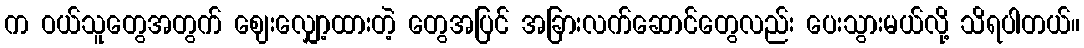
က ဝယ်သူတွေအတွက် ဈေးလျှော့ထားတဲ့ တွေအပြင် အခြားလက်ဆောင်တွေလည်း ပေးသွားမယ်လို့ သိရပါတယ်။